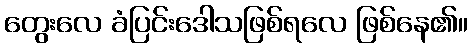
တွေးလေ ခံပြင်းဒေါသဖြစ်ရလေ ဖြစ်နေ၏။